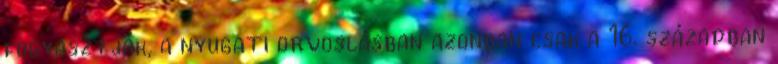
fogyasztják, a nyugati orvoslásban azonban csak a 16. században